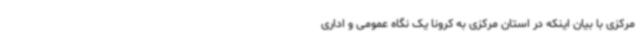
مرکزی با بیان اینکه در استان مرکزی به کرونا یک نگاه عمومی و اداری